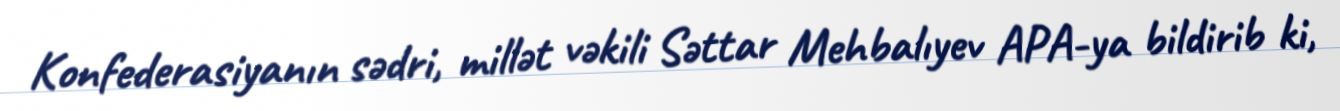
Konfederasiyanın sədri, millət vəkili Səttar Mehbalıyev APA-ya bildirib ki,